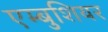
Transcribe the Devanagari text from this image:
एम्बुशियर